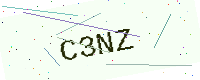
Text: C3NZ